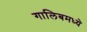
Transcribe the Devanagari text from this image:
गालिबमध्ये